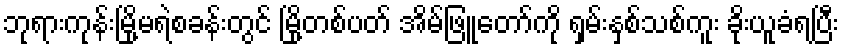
ဘုရားကုန်းမြို့မရဲစခန်းတွင် မြို့တစ်ပတ် အိမ်ဖြူတော်ကို ရှမ်းနှစ်သစ်ကူး ခိုးယူခံရပြီး